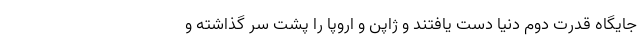
جایگاه قدرت دوم دنیا دست یافتند و ژاپن و اروپا را پشت سر گذاشته و